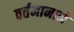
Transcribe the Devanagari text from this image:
वर्तमानाने